Punjab Mental Hospital Lahore 1932-46 - 1932-1946
Year: 1932
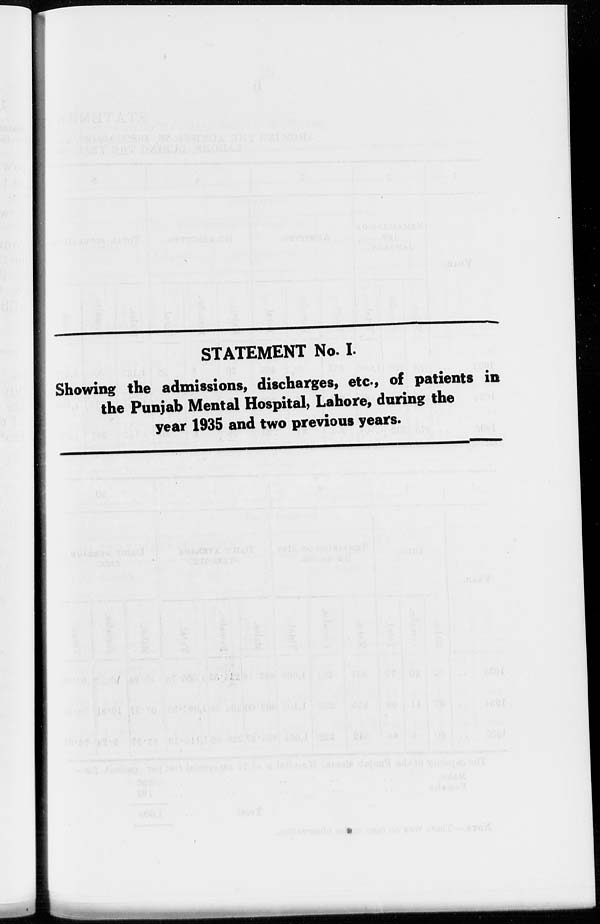
STATEMENT No. I.
Showing the admissions, discharges, etc., of patients in
the Punjab Mental Hospital, Lahore, during the
year 1935 and two previous years.